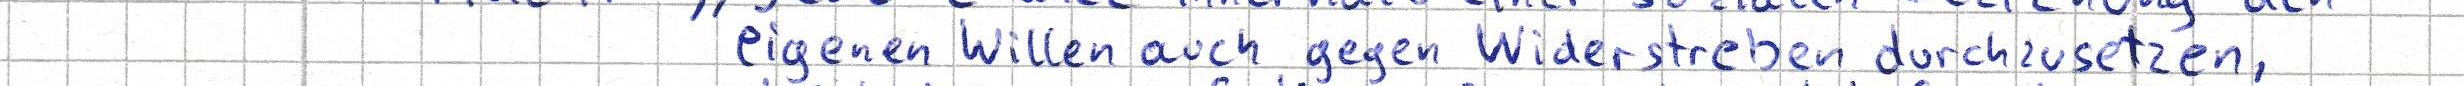
eigenen Willen auch gegen Widerstreben durchzusetzen,